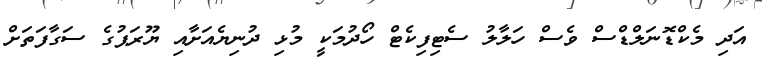
އަދި މެކްޑޮނަލްޑްސް ވެސް ހަލާލު ސެޓިފިކެޓް ހޯދުމަކީ މުޅި ދުނިޔެއަށާއި ޔޫރަޕުގެ ސަގާފަތަށް